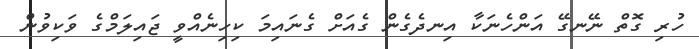
ހުރި ގޮތް ނޭނގޭ އަންހެނަކާ އިނދެގެން ގެއަށް ގެނައިމަ ކިހިނެއްވީ ޖައިލަމްގެ ވަކިވުން